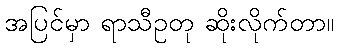
အပြင်မှာ ရာသီဥတု ဆိုးလိုက်တာ။